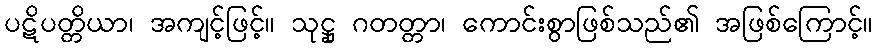
ပဋိပတ္တိယာ၊ အကျင့်ဖြင့်။ သုဋ္ဌု ဂတတ္တာ၊ ကောင်းစွာဖြစ်သည်၏ အဖြစ်ကြောင့်။